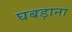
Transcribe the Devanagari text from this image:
घबड़ाना